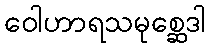
ဝေါဟာရသမုစ္ဆေဒါ